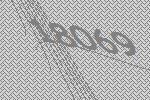
18069